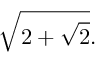
{ \sqrt { 2 + { \sqrt { 2 } } } } .